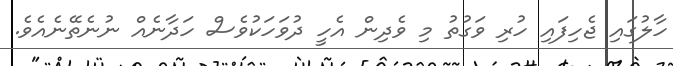
ހާލުގައި ޖެހިފައި ހުރި ވަގުތު މި ވެދިން އެހީ ދުވަހަކުވެސް ހަދާނެއް ނުނެތޭނެއެވެ.